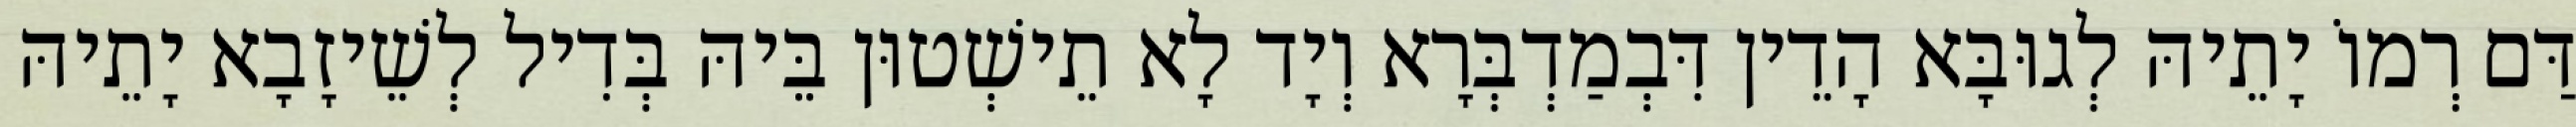
דַּם רְמוֹ יָתֵיהּ לְגוּבָּא הָדֵין דִּבְמַדְבְּרָא וְיָד לָא תֵישְׁטוּן בֵּיהּ בְּדִיל לְשֵׁיזָבָא יָתֵיהּ